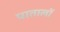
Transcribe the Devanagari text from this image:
पातालों